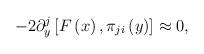
LaTeX: \begin{align*}-2\partial _y^j\left[ F\left( x\right) ,\pi _{ji}\left( y\right)\right] \approx 0,\end{align*}